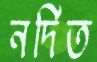
নর্দিত